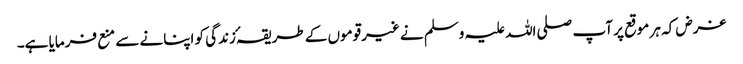
غرض کہ ہر موقع پر آپ صلی اللہ علیہ وسلم نے غیرقوموں کے طریقہٴ زندگی کو اپنانے سے منع فرمایا ہے۔